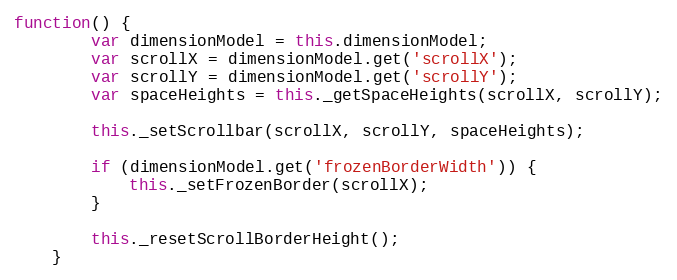
Language: JavaScript
function() {
        var dimensionModel = this.dimensionModel;
        var scrollX = dimensionModel.get('scrollX');
        var scrollY = dimensionModel.get('scrollY');
        var spaceHeights = this._getSpaceHeights(scrollX, scrollY);

        this._setScrollbar(scrollX, scrollY, spaceHeights);

        if (dimensionModel.get('frozenBorderWidth')) {
            this._setFrozenBorder(scrollX);
        }

        this._resetScrollBorderHeight();
    }